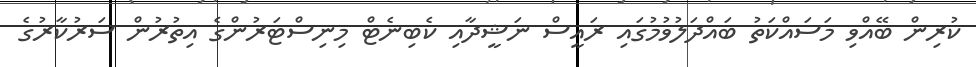
ކުރިން ބޭއްވި މަސައްކަތު ބައްދަލުވުމުގައި ރައީސް ނަޝީދާއި ކެބިނެޓް މިނިސްޓަރުންގެ އިތުރުން ސަރުކާރުގެ